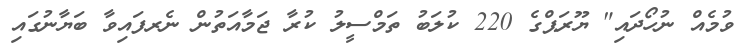
ވުމެއް ނުހޯދައި" ޔޫރަޕްގެ 220 ކުލަބު ތަމްސީލު ކުރާ ޖަމާއަތުން ނެރފައިވާ ބަޔާނުގައި